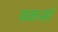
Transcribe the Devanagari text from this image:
यकसाँ